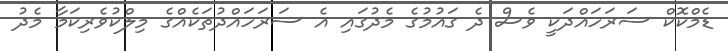
ޑެމްކޮކް ސަރަހައްދަކީ ވެސް ދެ ގައުމުގެ މެދުގައި އެ ސަރަހައްދުތަކެއްގެ މިލްކުވެރިކަމާ މެދު